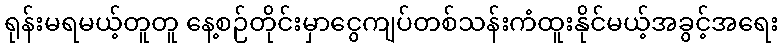
ရုန်းမရမယ့်တူတူ နေ့စဉ်တိုင်းမှာငွေကျပ်တစ်သန်းကံထူးနိုင်မယ့်အခွင့်အရေး